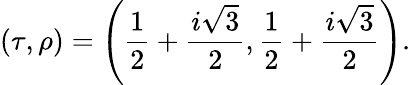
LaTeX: (\tau,\rho)=\left(\frac{1}{2}+\frac{i\sqrt{3}}{2},\frac{1}{2}+\frac{i\sqrt{3}}{2}\right).